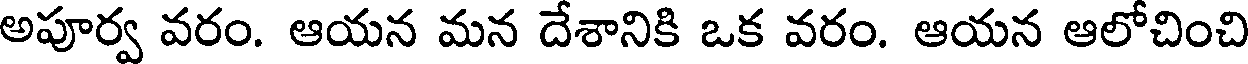
అపూర్వ వరం. ఆయన మన దేశానికి ఒక వరం. ఆయన ఆలోచించి